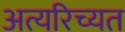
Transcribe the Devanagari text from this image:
अत्यरिच्यत